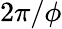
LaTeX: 2\pi/\phi